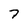
Character: 7